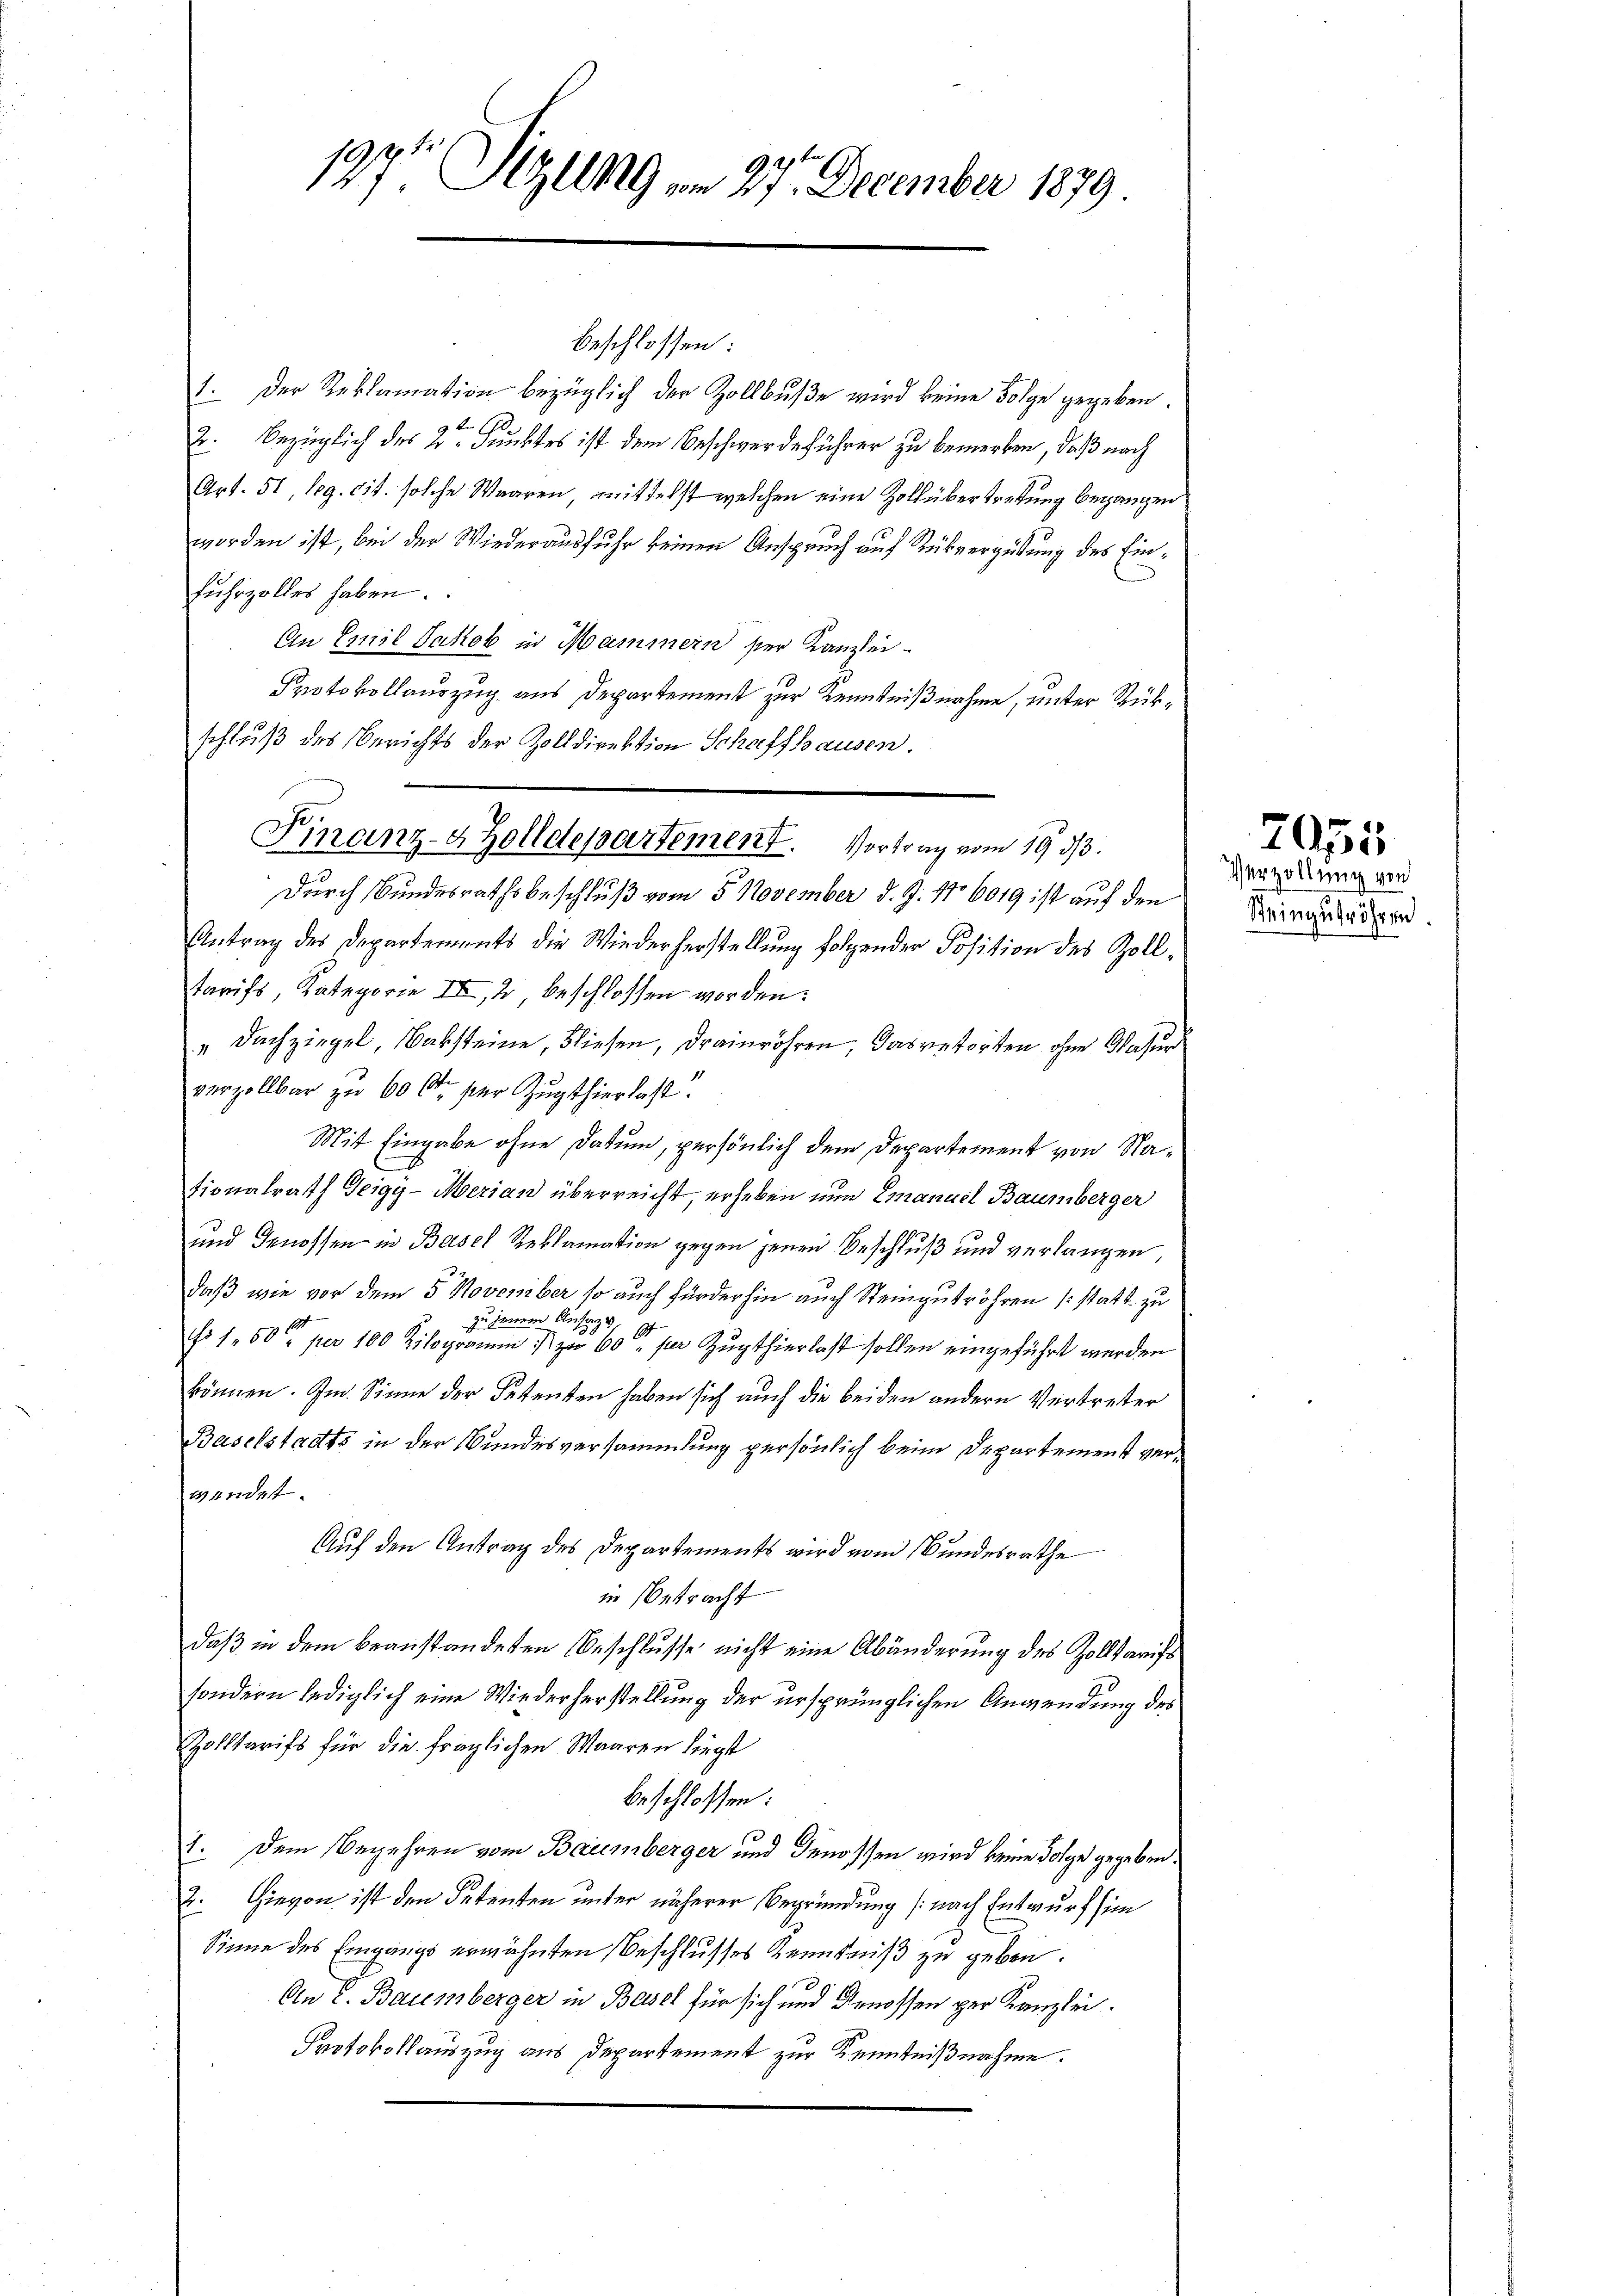
197t Sizll9 am 27. December 1879

beschlossen:
1. Der Reklamation bezüglich der Zollbuße wird keine Folge gegeben.
e
2. bezüglich des 2ten Dunktes ist dem Beschwerdeführer zu bemerken, daß nach
Art. 51, leg. cit. solche Waaren, mittelst welchen eine Zoll übertretung begangen
worden ist, bei der Wiederausfuhr keinen Anspruch auf Rückvergütung des Einfuhrzolles haben.
An Emil Jakob in Mammern ser Kanzlei-
Protokollauszug aus Departement zur Kenntnißnahme, unter Rükschluß des Berichts der Zolldirektion Schaffhausen.
Durch Bundesrathsbeschluß vom 5. November d. J. No 6019 ist auf den
Antrag des Departements die Wiederherstellung folgender Position des Zolltarifs, Kategorie III, 2 beschlossen worden.
" Dachziegel Naksteine, bliesen, drainröhren, das retorten, ohne Natur
verzollbar zu 60 Ctr. per Zugthierlast.
Mit Eingabe ohne Datum, persönlich dem Departement von Nationalrath Teigg-Merian überreicht, erheben nun Emanuel Baumberger
und Genossen in Basel Reklamation gegen jenen Beschluß und verlangen,
daß wie vor dem 5 November so auch fürderhin auch Steinputröhren (statt. zu
zu jenem Ansatzu
27
No 1 50 per 100 Kilogramm zu 60 per Zugthierlast sollen eingeführt werden
können. Im Sinne der Petenten haben sich auch die beiden andern Vertreter
Baselstadts in der Bundesversammlung persönlich beim Departement verwendet.
Auf den Antrag des Departements wird vom Bundesrathe
in Betracht
daß in dem beanstandeten Beschlusse nicht eine Abänderung des Zolltarifs
sondern lediglich eine Wiederherstellung der ursprünglichen Anwendung des
Zolltarifs für die fraglichen Waaren liegt
beschlossen:
1. Dem Begehren vom Baumberger und Genossen wird keine Folge gegeben.
2. Hievon ist den Petenten unter näherer Begründung (nach Entwurf sie
Sinne des Eingangs erwähnten Beschlusses Kenntniß zu geben.
An 2. Baumberger in Basel für sich und Genossen per Kanzlei.
Protokollauszug aus Departement zur Kenntnißnahme.

Finanz-4 Zolldepartement. Vortrag vom 19. 33.

Verzöllung von
Steingebröhren.

7055